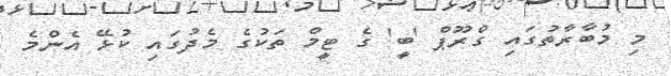
މި މުބާރާތުގައި ގްރޫޕް 'ބީ' ގެ ޓީމް ތަކުގެ މެދުގައި ކުޅޭ އެންމެ